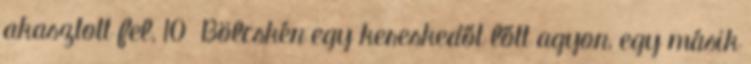
akasztott fel, 10 Bölcskén egy kereskedőt lőtt agyon, egy másik